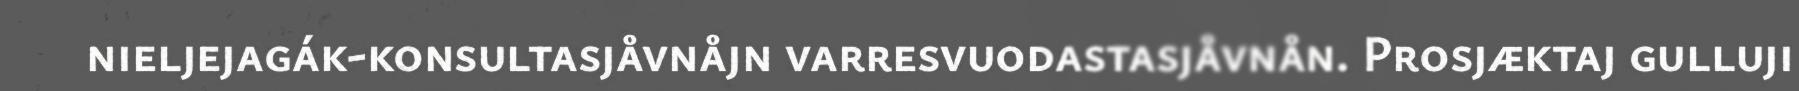
nieljejagák-konsultasjåvnåjn varresvuodastasjåvnån. Prosjæktaj gulluji